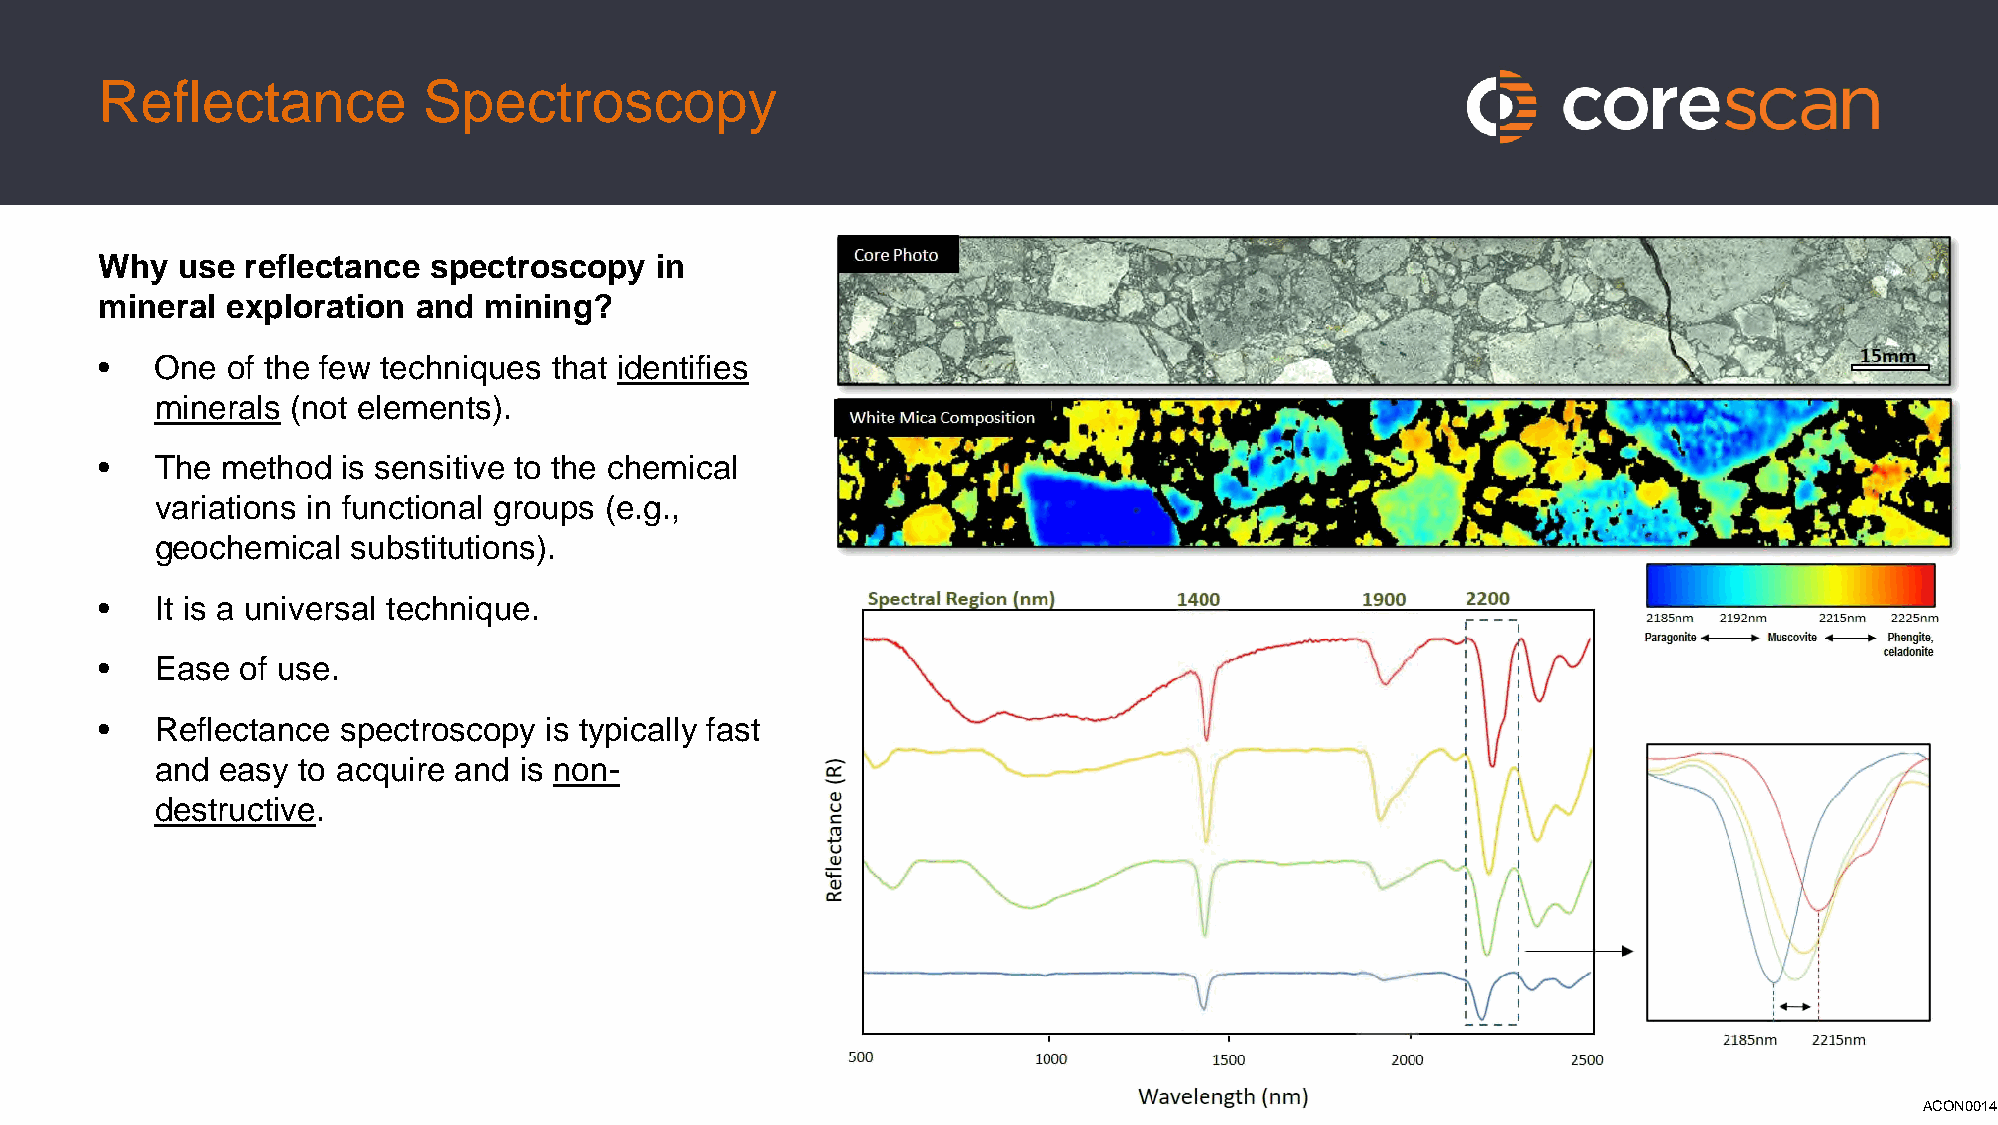
Reflectance          Spectroscopy
 Why  use reflectance spectroscopy   in
 mineral exploration  and mining?
 •  One  of the few techniques that identifies
 minerals (not elements).
 •  The  method  is sensitive to the chemical
 variations in functional groups (e.g.,
 geochemical  substitutions).
 •  It is a universal technique.
 •  Ease  of use.
 •  Reflectance spectroscopy  is typically fast
 and  easy to acquire and is non-
 destructive.
 ACON0014